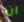
ان